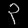
Digit: ၃